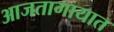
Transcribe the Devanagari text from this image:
आजतागायात